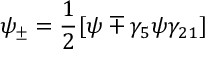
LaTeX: \psi _ { \pm } = \frac { 1 } { 2 } [ \psi \mp \gamma _ { 5 } \psi \gamma _ { 2 1 } ]